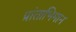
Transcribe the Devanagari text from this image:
प्रांताभिमान